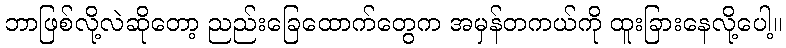
ဘာဖြစ်လို့လဲဆိုတော့ ညည်းခြေထောက်တွေက အမှန်တကယ်ကို ထူးခြားနေလို့ပေါ့။